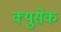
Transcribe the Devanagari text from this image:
क्युसेक